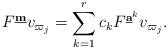
LaTeX: \begin{align*}F^{\mathbf{\underline m}} v_{\varpi_j}=\sum_{k=1}^r c_kF^{\mathbf{\underline a}^k} v_{\varpi_j}.\end{align*}